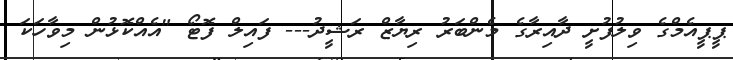
ޕީޕީއެމްގެ ވިލުފުށީ ދާއިރާގެ މެންބަރު ރިޔާޒް ރަޝީދު--- ފައިލް ފޮޓޯ "އެއްކޮޅުން މިވާހަކަ